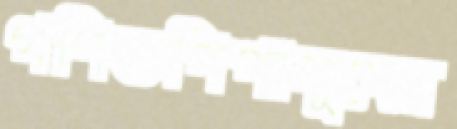
গণিতপিপাসুদের